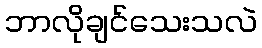
ဘာလိုချင်သေးသလဲ